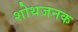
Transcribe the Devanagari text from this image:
शोथजनक